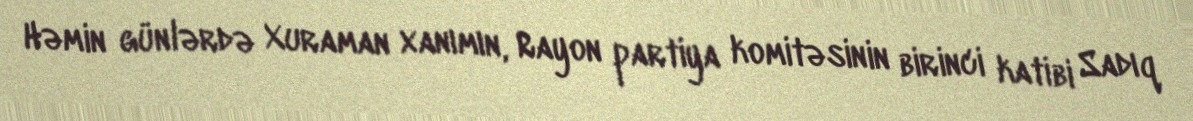
Həmin günlərdə Xuraman xanımın, Rayon partiya komitəsinin birinci katibi Sadıq